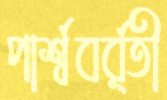
পার্শ্ববর্র্তী